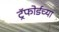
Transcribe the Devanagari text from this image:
ट्रॅफोर्डच्या